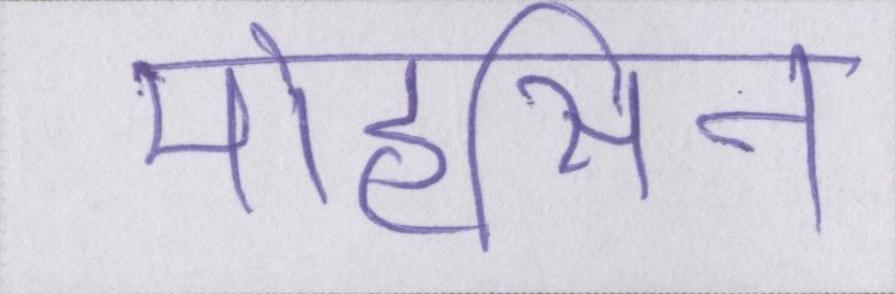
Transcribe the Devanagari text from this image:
मोहसिन